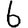
Digit: 6